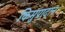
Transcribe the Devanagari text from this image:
किमुपादान